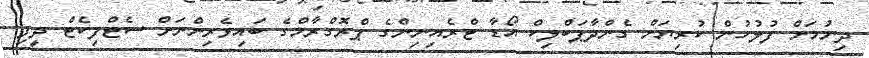
ދިނުމަށް ފުލުހުން ކުރިޔަށް ގެންދާޕަބްލިކް އޯޑާ ޓްރެއިނިންގެ ޕްރޮގްރާމްގެ ބައިވެރިންނަށް ސެޓްފިކެޓް ދީފި